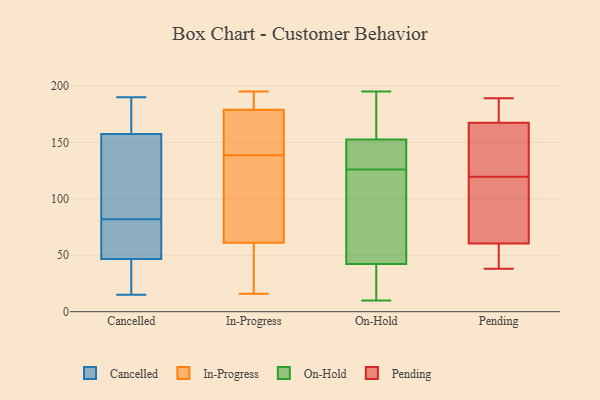
{"axis": {"x": "Shipments", "y": "Value"}, "legend": ["Cancelled", "In-Progress", "On-Hold", "Pending"], "data": [{"x": "", "y": 125, "type": "Cancelled"}, {"x": "", "y": 48, "type": "Cancelled"}, {"x": "", "y": 82, "type": "Cancelled"}, {"x": "", "y": 157, "type": "Cancelled"}, {"x": "", "y": 63, "type": "Cancelled"}, {"x": "", "y": 15, "type": "Cancelled"}, {"x": "", "y": 161, "type": "Cancelled"}, {"x": "", "y": 71, "type": "Cancelled"}, {"x": "", "y": 159, "type": "Cancelled"}, {"x": "", "y": 43, "type": "Cancelled"}, {"x": "", "y": 157, "type": "Cancelled"}, {"x": "", "y": 22, "type": "Cancelled"}, {"x": "", "y": 190, "type": "Cancelled"}, {"x": "", "y": 16, "type": "In-Progress"}, {"x": "", "y": 152, "type": "In-Progress"}, {"x": "", "y": 191, "type": "In-Progress"}, {"x": "", "y": 123, "type": "In-Progress"}, {"x": "", "y": 161, "type": "In-Progress"}, {"x": "", "y": 44, "type": "In-Progress"}, {"x": "", "y": 195, "type": "In-Progress"}, {"x": "", "y": 177, "type": "In-Progress"}, {"x": "", "y": 61, "type": "In-Progress"}, {"x": "", "y": 19, "type": "In-Progress"}, {"x": "", "y": 141, "type": "In-Progress"}, {"x": "", "y": 136, "type": "In-Progress"}, {"x": "", "y": 191, "type": "In-Progress"}, {"x": "", "y": 182, "type": "In-Progress"}, {"x": "", "y": 61, "type": "In-Progress"}, {"x": "", "y": 179, "type": "In-Progress"}, {"x": "", "y": 124, "type": "In-Progress"}, {"x": "", "y": 97, "type": "In-Progress"}, {"x": "", "y": 162, "type": "On-Hold"}, {"x": "", "y": 38, "type": "On-Hold"}, {"x": "", "y": 126, "type": "On-Hold"}, {"x": "", "y": 127, "type": "On-Hold"}, {"x": "", "y": 106, "type": "On-Hold"}, {"x": "", "y": 55, "type": "On-Hold"}, {"x": "", "y": 160, "type": "On-Hold"}, {"x": "", "y": 194, "type": "On-Hold"}, {"x": "", "y": 125, "type": "On-Hold"}, {"x": "", "y": 10, "type": "On-Hold"}, {"x": "", "y": 130, "type": "On-Hold"}, {"x": "", "y": 26, "type": "On-Hold"}, {"x": "", "y": 128, "type": "On-Hold"}, {"x": "", "y": 195, "type": "On-Hold"}, {"x": "", "y": 16, "type": "On-Hold"}, {"x": "", "y": 95, "type": "Pending"}, {"x": "", "y": 64, "type": "Pending"}, {"x": "", "y": 38, "type": "Pending"}, {"x": "", "y": 53, "type": "Pending"}, {"x": "", "y": 189, "type": "Pending"}, {"x": "", "y": 115, "type": "Pending"}, {"x": "", "y": 160, "type": "Pending"}, {"x": "", "y": 175, "type": "Pending"}, {"x": "", "y": 57, "type": "Pending"}, {"x": "", "y": 124, "type": "Pending"}, {"x": "", "y": 141, "type": "Pending"}, {"x": "", "y": 175, "type": "Pending"}]}